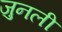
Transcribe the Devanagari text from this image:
जुनली